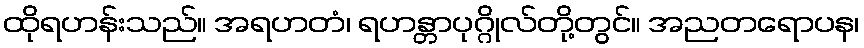
ထိုရဟန်းသည်။ အရဟတံ၊ ရဟန္တာပုဂ္ဂိုလ်တို့တွင်။ အညတရောပန၊